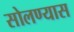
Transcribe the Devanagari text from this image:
सोलण्यास